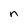
Character: n